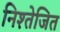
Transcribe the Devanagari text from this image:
निश्तेजित